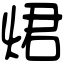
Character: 𤉙